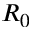
R _ { 0 }